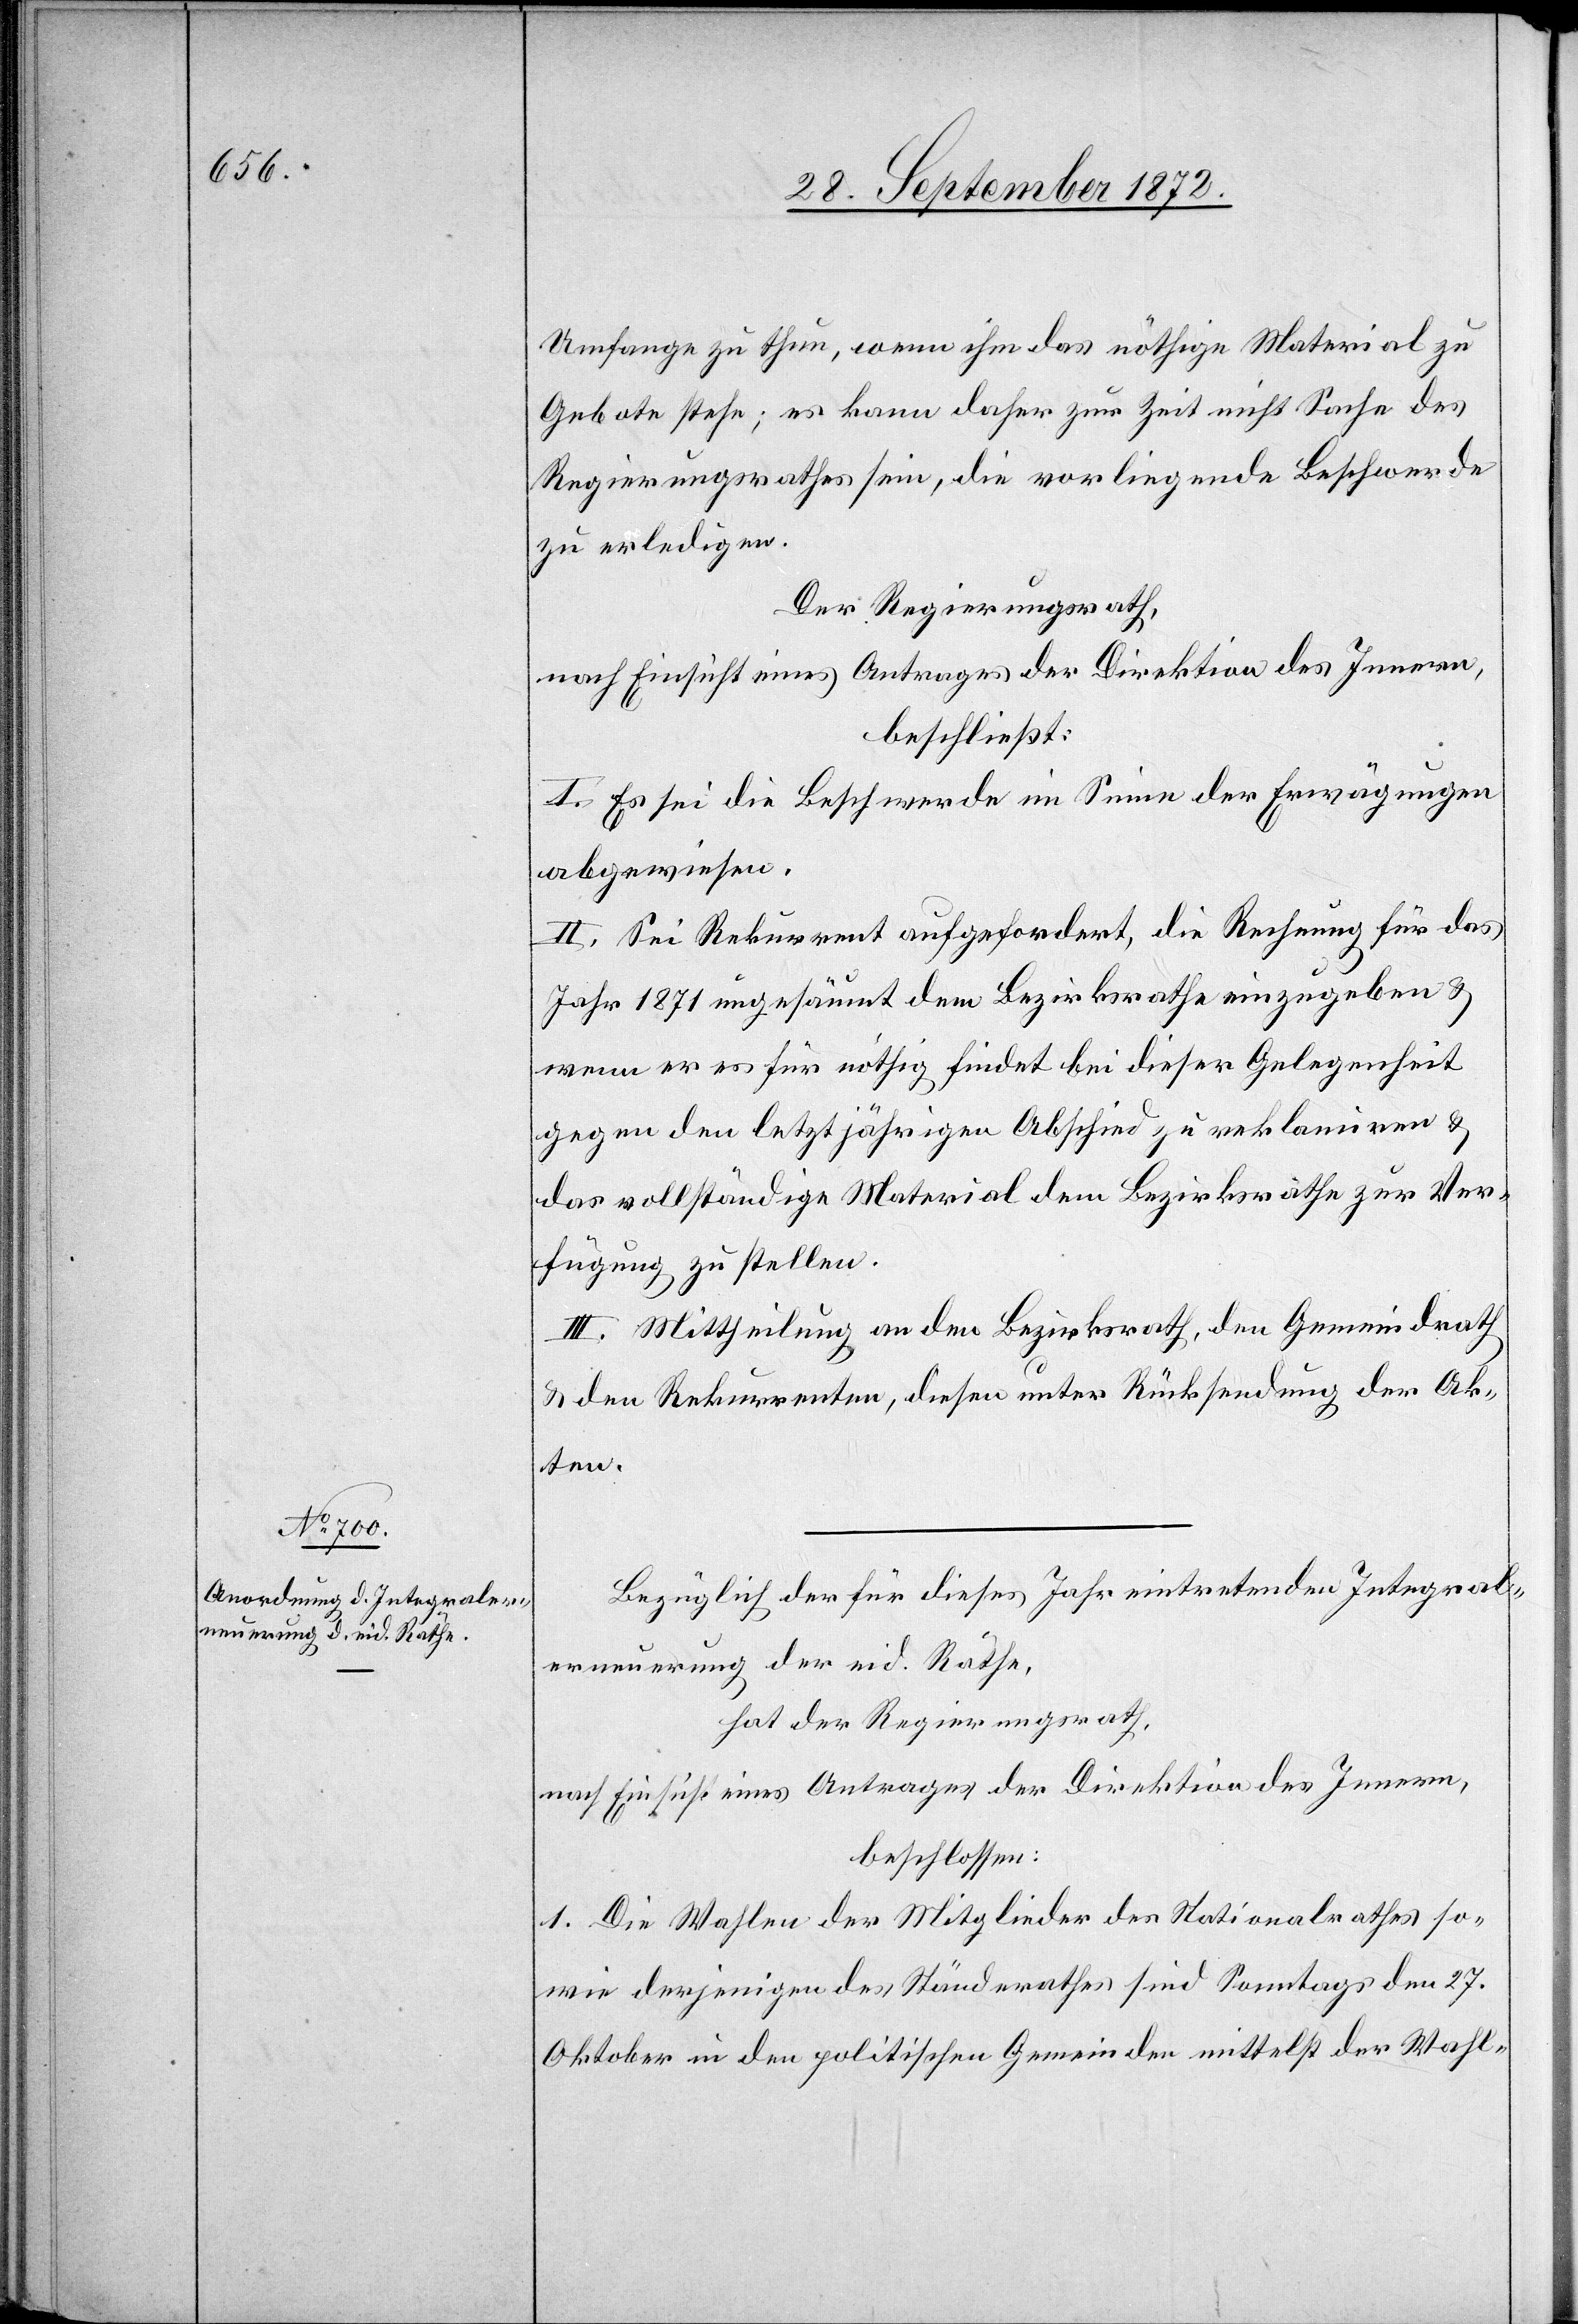
Umfange zu thun, wenn ihm das nöthige Material zu
Gebote stehe; es kann daher zur Zeit nicht Sache des
Regierungsrathes sein, die vorliegende Beschwerde
zu erledigen.
Der Regierungsrath,
nach Einsicht eines Antrages der Direktion des Innern,
beschließt:
I. Es sei die Beschwerde im Sinne der Erwägungen
abgewiesen.
II. Sei Rekurrent aufgefordert, die Rechnung für das
Jahr 1871 ungesäumt dem Bezirksrathe einzugeben u.
wenn er es für nöthig findet bei dieser Gelegenheit
gegen den letztjährigen Abschied zu reklamiren u.
das vollständige Material dem Bezirksrathe zur Ver¬
fügung zu stellen.
III. Mittheilung an den Bezirksrath, den Gemeindrath
u. den Rekurrenten, diesen [sic!] unter Rücksendung der Ak¬
ten.
Bezüglich der für dieses Jahr eintretenden Integral¬
erneuerung der eid. Räthe,
hat der Regierungsrath,
nach Einsicht eines Antrages der Direktion des Innern,
beschlossen:
1. Die Wahlen der Mitglieder des Nationalrathes so¬
wie derjenigen des Ständerathes sind Sonntags den 27.
Oktober in den politischen Gemeinden mittelst der Wahl-